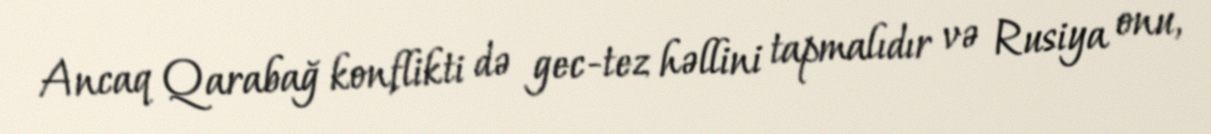
Ancaq Qarabağ konflikti də gec-tez həllini tapmalıdır və Rusiya onu,